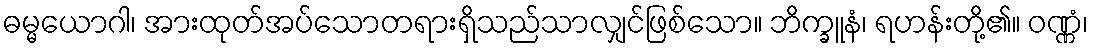
ဓမ္မယောဂါ၊ အားထုတ်အပ်သောတရားရှိသည်သာလျှင်ဖြစ်သော။ ဘိက္ခူနံ၊ ရဟန်းတို့၏။ ဝဏ္ဏံ၊